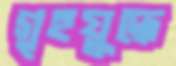
গৃহযুদ্ধে